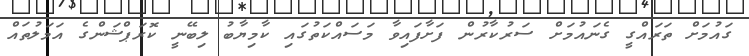
ގައުމަށް ތަރައްގީ ގެނައުމަށް ސަރުކާރުން ފަށާފައިވާ މަސައްކަތުގައި ކާމިޔާބު ލިބޭނީ ކޮރަޕްޝަންގެ އަމަލުތައް